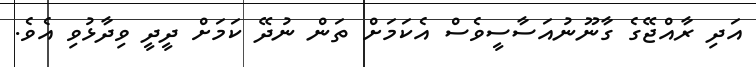
އަދި ރާއްޖޭގެ ގާނޫނުއަސާސީވެސް އެކަމަށް ތަން ނުދޭ ކަމަށް ދީދީ ވިދާޅުވި އެވެ.